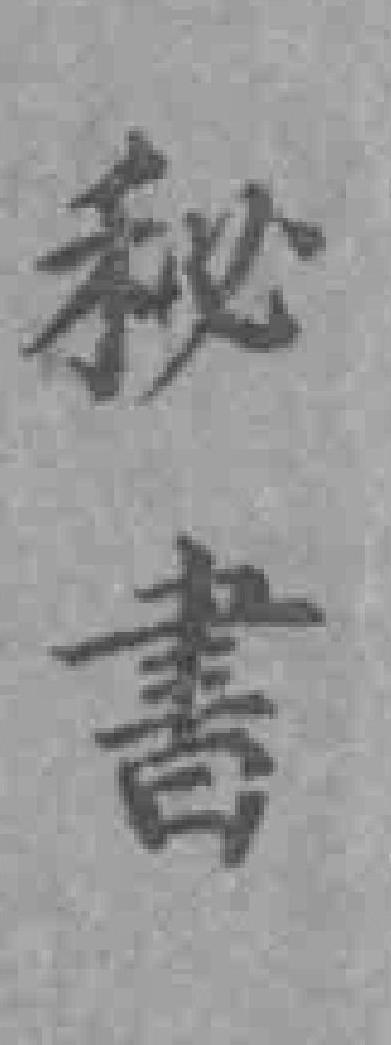
秘書